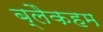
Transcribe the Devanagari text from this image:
ब्लैकहम